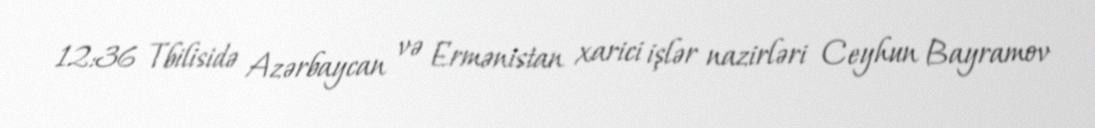
12:36 Tbilisidə Azərbaycan və Ermənistan xarici işlər nazirləri Ceyhun Bayramov